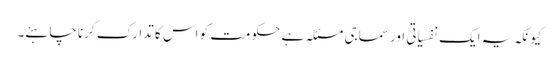
کیونکہ یہ ایک نفسیاتی اور سماجی مسئلہ ہے حکومت کو اس کا تدارک کرنا چاہئے۔